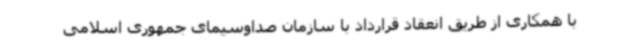
با همکاری از طریق انعقاد قرارداد با سازمان صداوسیمای جمهوری اسلامی